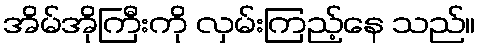
အိမ်အိုကြီးကို လှမ်းကြည့်နေ သည်။